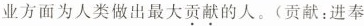
业方面为人类做出最大贡献的人。(贡献：进奉